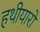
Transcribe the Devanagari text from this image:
हथीयारों